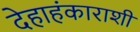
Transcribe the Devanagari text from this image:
देहाहंकाराशी